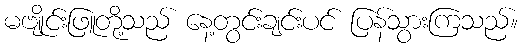
မဗျိုင်းဖြူတို့သည် နေ့တွင်းချင်းပင် ပြန်သွားကြသည်။